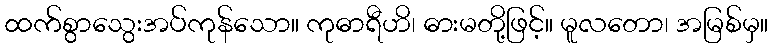
ထက်စွာသွေးအပ်ကုန်သော။ ကုဓာရီဟိ၊ ဓားမတို့ဖြင့်။ မူလတော၊ အမြစ်မှ။